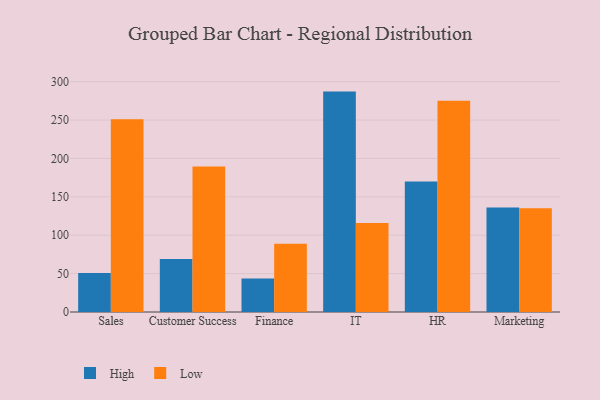
{"axis": {"x": "Department", "y": "Energy Usage (MWh)"}, "legend": ["High", "Low"], "data": [{"x": "Sales", "y": 50.9, "type": "High"}, {"x": "Sales", "y": 251.2, "type": "Low"}, {"x": "Customer Success", "y": 69.2, "type": "High"}, {"x": "Customer Success", "y": 189.5, "type": "Low"}, {"x": "Finance", "y": 43.8, "type": "High"}, {"x": "Finance", "y": 88.9, "type": "Low"}, {"x": "IT", "y": 287.1, "type": "High"}, {"x": "IT", "y": 115.8, "type": "Low"}, {"x": "HR", "y": 169.9, "type": "High"}, {"x": "HR", "y": 275.2, "type": "Low"}, {"x": "Marketing", "y": 136.2, "type": "High"}, {"x": "Marketing", "y": 135.0, "type": "Low"}]}